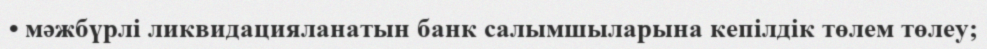
• мәжбүрлі ликвидацияланатын банк салымшыларына кепілдік төлем төлеу;